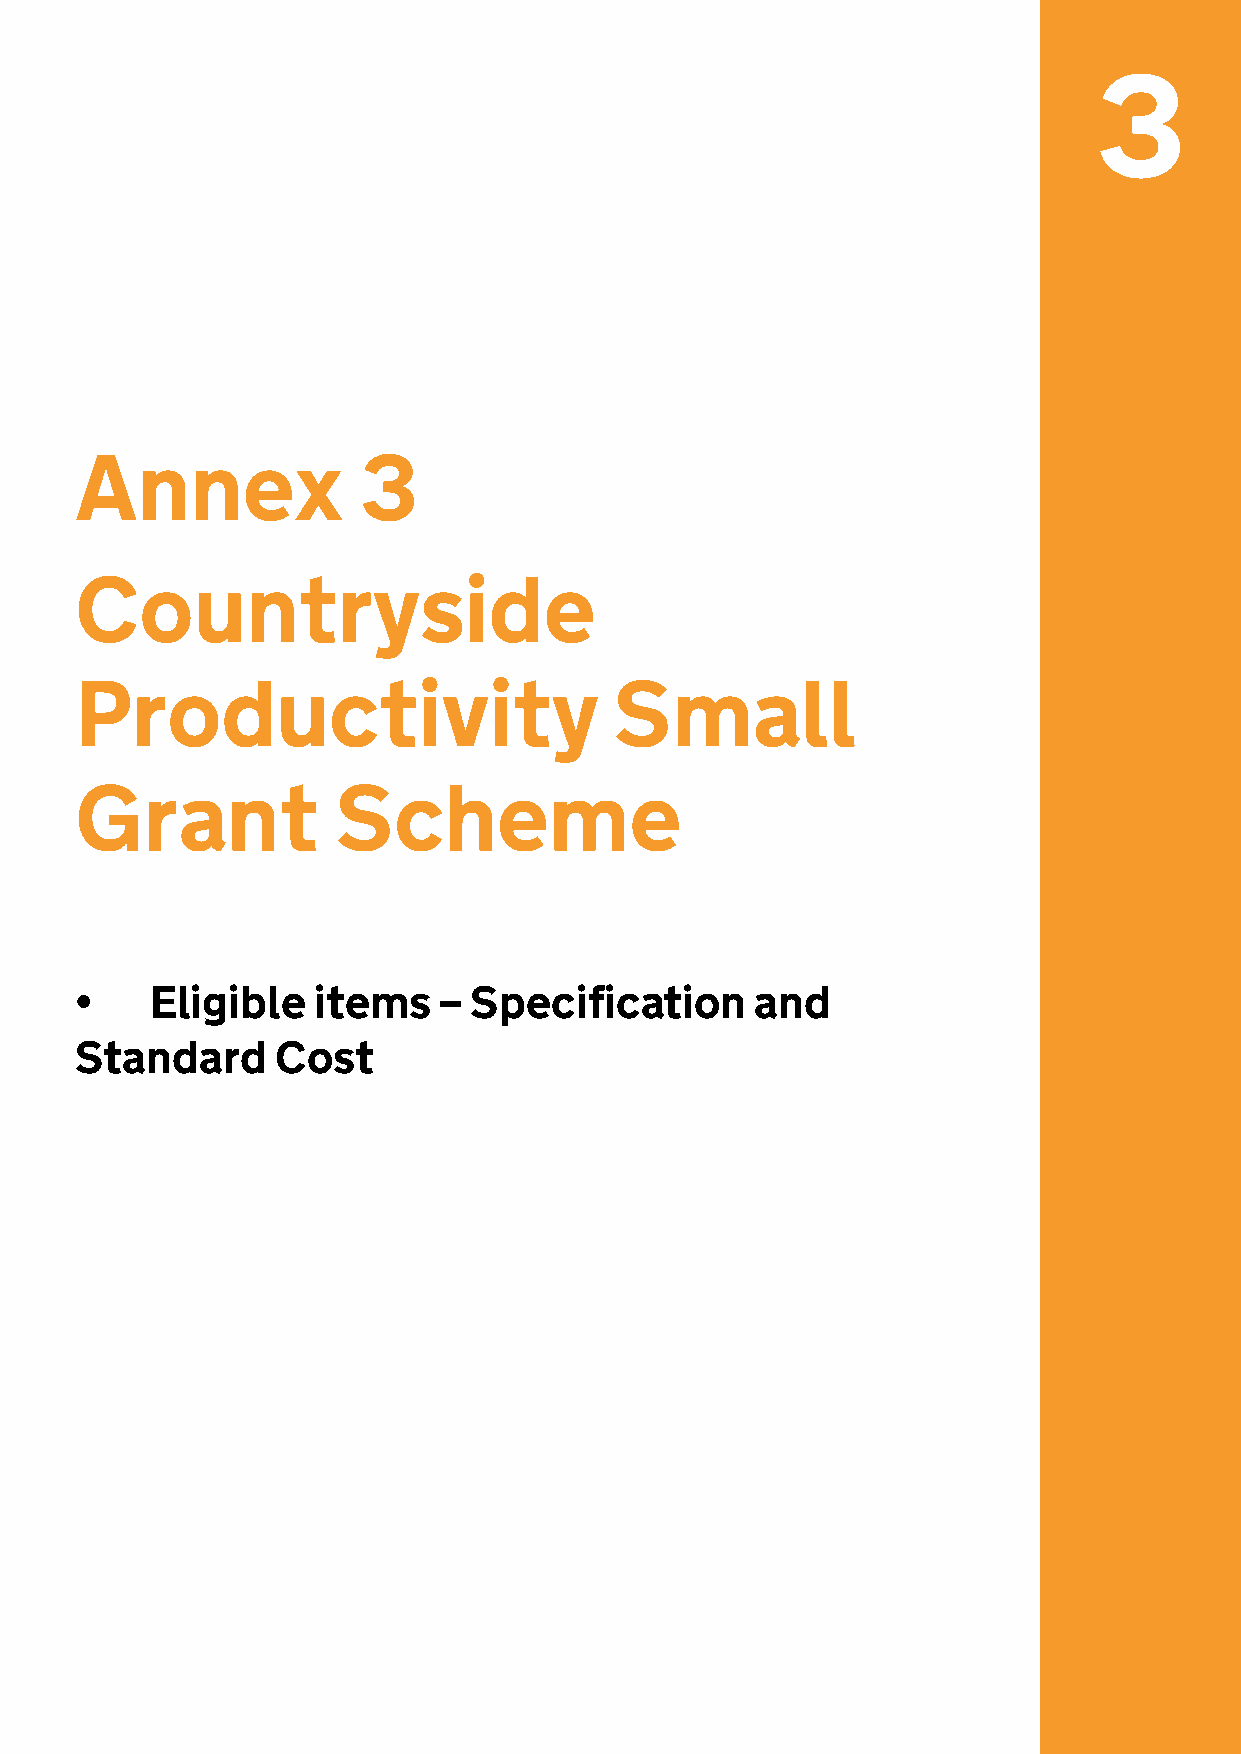
3
 Annex              3
 Countryside
 Productivity                        Small
 Grant            Scheme
 •    Eligible   items   – Specification      and
 Standard     Cost